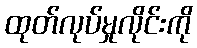
ထုတ်လုပ်မှုလိုင်းကို